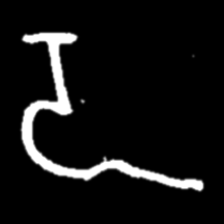
Pyu character \u2014 Myanmar letter: ဍ (romanized: dda)